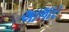
અાભાર